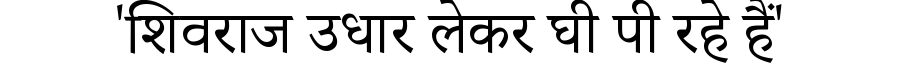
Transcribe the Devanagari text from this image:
'शिवराज उधार लेकर घी पी रहे हैं'